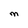
Character: M